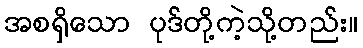
အစရှိသော ပုဒ်တို့ကဲ့သို့တည်း။